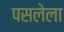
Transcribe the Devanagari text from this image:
पसलेला